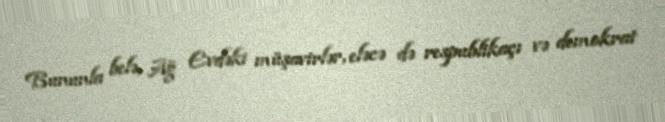
Bununla belə, Ağ Evdəki müşavirlər, eləcə də respublikaçı və demokrat